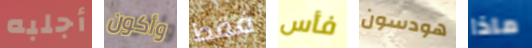
أجلبه وأكون فقط فأس هودسون ماذا